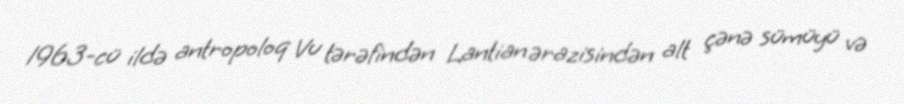
1963-cü ildə antropoloq Vu tərəfindən Lantian ərazisindən alt çənə sümüyü və